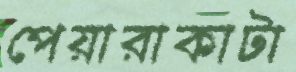
পেয়ারাকাটা